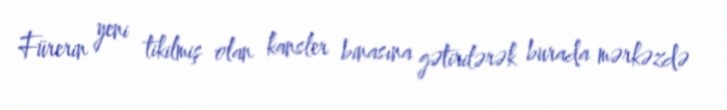
Fürerin yeni tikilmiş olan kansler binasına gətirilərək burada mərkəzdə